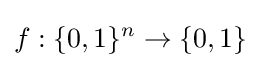
f:\{0,1\}^{n}\rightarrow \{0,1\}